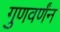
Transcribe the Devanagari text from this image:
गुणवर्णंन